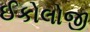
ઈકોલોજી